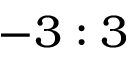
- 3 : 3